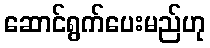
ဆောင်ရွက်ပေးမည်ဟု